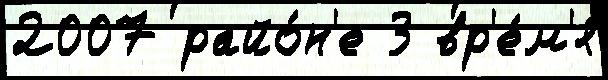
2007 райо́н'е 3 вр'е́м'я